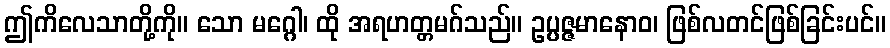
ဤကိလေသာတို့ကို။ သော မဂ္ဂေါ၊ ထို အရဟတ္တမဂ်သည်။ ဥပ္ပဇ္ဇမာနောဝ၊ ဖြစ်လတင်ဖြစ်ခြင်းပင်။